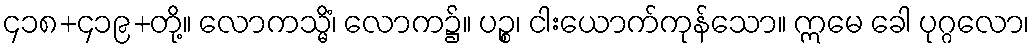
၄၁၈+၄၁၉+တို့။ လောကသ္မိံ၊ လောက၌။ ပဉ္စ၊ ငါးယောက်ကုန်သော။ ဣမေ ခေါ ပုဂ္ဂလော၊